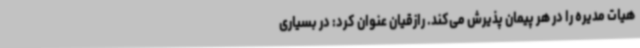
هیات مدیره را در هر پیمان پذیرش می‌کند. رازقیان عنوان کرد: در بسیاری